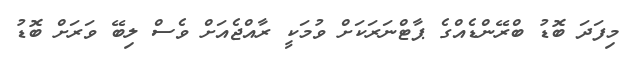
މިފަދަ ބޮޑު ބްރޭންޑެއްގެ ޕާޓްނަރަކަށް ވުމަކީ ރާއްޖެއަށް ވެސް ލިބޭ ވަރަށް ބޮޑު